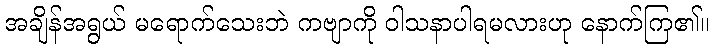
အချိန်အရွယ် မရောက်သေးဘဲ ကဗျာကို ဝါသနာပါရမလားဟု နောက်ကြ၏။